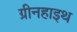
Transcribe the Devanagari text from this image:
ग्रीनहाइथ